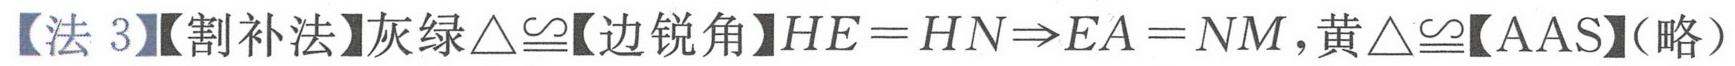
【法3】【割补法】灰绿$\triangle\cong$【边锐角】$HE = HN\Rightarrow EA = NM$，黄$\triangle\cong$【AAS】(略）